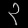
Digit: ၃